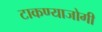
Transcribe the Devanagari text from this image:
टाकण्याजोगी